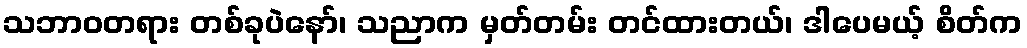
သဘာဝတရား တစ်ခုပဲနော်၊ သညာက မှတ်တမ်း တင်ထားတယ်၊ ဒါပေမယ့် စိတ်က